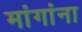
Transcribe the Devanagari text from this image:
मांगांना